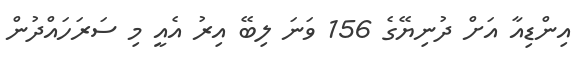
އިންޑިއާ އަށް ދުނިޔޭގެ 156 ވަނަ ލިބޭ އިރު އެއީ މި ސަރަހައްދުން